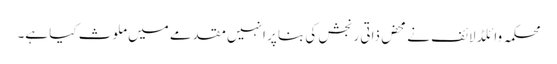
محکمہ وائلڈ لائف نے محض ذاتی رنجش کی بنا پر انہیں مقدمے میں ملوث کیا ہے۔